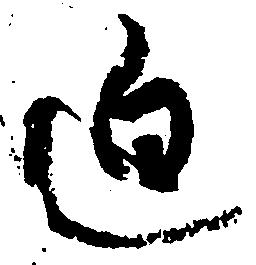
迫